Report of the Indian Hemp Drugs Commission, 1894-1895 - Volume IV
Year: 1894
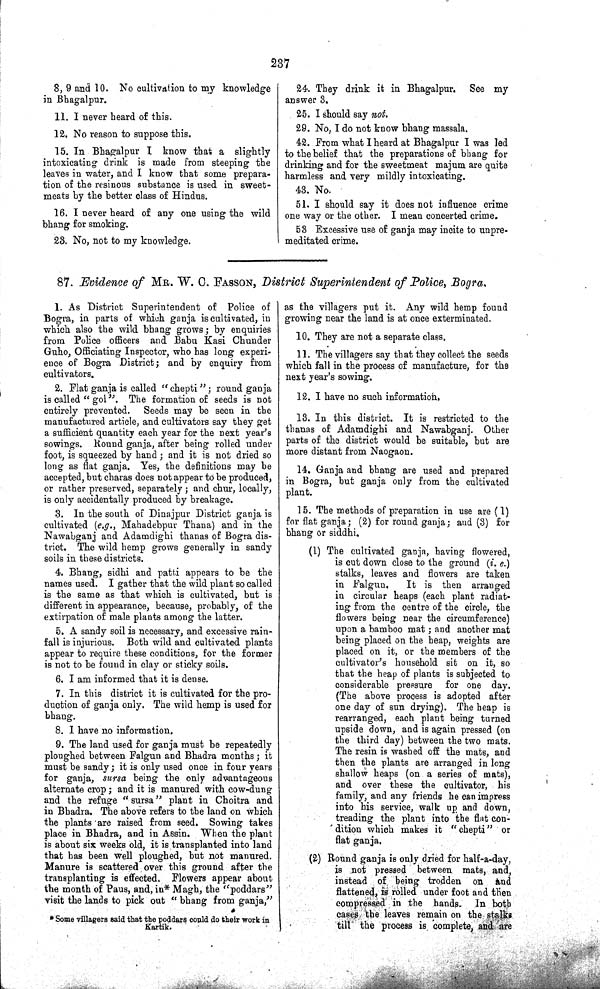
237
8, 9 and 10. No cultivation to my knowledge
in Bhagalpur.
11. I never heard of this.
12. No reason to suppose this.
15. I n e v e r h e a r d of a n y o n e u s i n g t he w i l d I n Bhagalpur I know that a slightly
intoxicating drink is made from steeping the
leaves in water, and I know that some prepara-
tion of the resinous substance is used in sweet-
meats by the better class of Hindus.
16. I never heard of any one using the wild
bhang for smoking.
23. No, not to my knowledge.
24. They drink it in Bhagalpur.
See my
answer 3.
25. I should say not.
29. No, I do not know bhang massala.
42. From what I heard at Bhagalpur I was led
to the belief that the preparations of bhang for
drinking and for the sweetmeat majum are quite
harmless and very mildly intoxicating.
43. No.
51. I should say it does not influence crime
one way or the other. I mean concerted crime.
53 Excessive use of ganja may incite to unpre-
meditated crime.
87. Evidence of MR. W. C. FASSON, District Superintendent of Police, Bogra.
1. As District Superintendent of Police of
Bogra, in parts of which ganja is cultivated, in
which also the wild bhang grows; by enquiries
from Police officers and Babu Kasi Chunder
Guho, Officiating Inspector, who has long experi-
ence of Bogra District; and by enquiry from
cultivators.
2. Flat ganja is called "chepti"; round ganja
is called "gol". The formation of seeds is not
entirely prevented. Seeds may be seen in the
manufactured article, and cultivators say they get
a sufficient quantity each year for the next year's
sowings. Round ganja, after being rolled under
foot, is squeezed by hand; and it is not dried so
long as flat ganja. Yes, the definitions may be
accepted, but charas does not appear to be produced,
or rather preserved, separately; and chur, locally,
is only accidentally produced by breakage.
3. In the south of Dinajpur District ganja is
cultivated (e.g., Mahadebpur Thana) and in the
Nawabganj and Adamdighi thanas of Bogra dis-
trict. The wild hemp grows generally in sandy
soils in these districts.
4. Bhang, sidhi and patti appears to be the
names used. I gather that the wild plant so called
is the same as that which is cultivated, but is
different in appearance, because, probably, of the
extirpation of male plants among the latter.
5. A sandy soil is necessary, and excessive rain-
fall is injurious. Both wild and cultivated plants
appear to require these conditions, for the former
is not to be found in clay or sticky soils.
6. I am informed that it is dense.
7. In this district it is cultivated for the pro-
duction of ganja only. The wild hemp is used for
bhang.
8. I have no information.
9. The land used for ganja must be repeatedly
ploughed between Falgun and Bhadra months; it
must be sandy; it is only used once in four years
for ganja, sursa being the only advantageous
alternate crop; and it is manured with cow-dung
and the refuge "sursa" plant in Choitra and
in Bhadra. The above refers to the land on which
the plants are raised from seed. Sowing takes
place in Bhadra, and in Assin. When the plant
is about six weeks old, it is transplanted into land
that has been well ploughed, but not manured.
Manure is scattered over this ground after the
transplanting is effected. Flowers appear about
the month of Paus, and, in* Magh, the "poddars"
visit the lands to pick out "bhang from ganja,"
* Some villagers said that the poddars could do their work in
Kartik.
as the villagers put it. Any wild hemp found
growing near the land is at once exterminated.
10. They are not a separate class.
11. The villagers say that they collect the seeds
which fall in the process of manufacture, for the
next year's sowing.
12. I have no such information,
13. In this district. It is restricted to the
thanas of Adamdighi and Nawabganj. Other
parts of the district would be suitable, but are
more distant from Naogaon.
14. Ganja and bhang are used and prepared
in Bogra, but ganja only from the cultivated
plant.
15. The methods of preparation in use are (1)
for flat ganja; (2) for round ganja; and (3) for
bhang or siddhi.
(1) The cultivated ganja, having flowered,
is cut down close to the ground (i. e.)
stalks, leaves and flowers are taken
in Falgun.
It is then arranged
in circular heaps (each plant radiat-
ing from the centre of the circle, the
flowers being near the circumference)
upon a bamboo mat; and another mat
being placed on the heap, weights are
placed on it, or the members of the
cultivator's household sit on it, so
that the heap of plants is subjected to
considerable pressure for one day.
(The above process is adopted after
one day of sun drying). The heap is
rearranged, each plant being turned
upside down, and is again pressed (on
the third day) between the two mats.
The resin is washed off the mats, and
then the plants are arranged in long
shallow heaps (on a series of mats),
and over these the cultivator, his
family, and any friends he can impress
into his service, walk up and down,
treading the plant into the flat con-
dition which makes it "chepti" or
flat ganja.
(2) Round ganja is only dried for half-a-day,
is not pressed between mats, and,
instead of; being trodden on and
flattened, is rolled under foot and then
compressed in the hands. In both
cases the leaves remain on the stalks
till the process is complete, and are